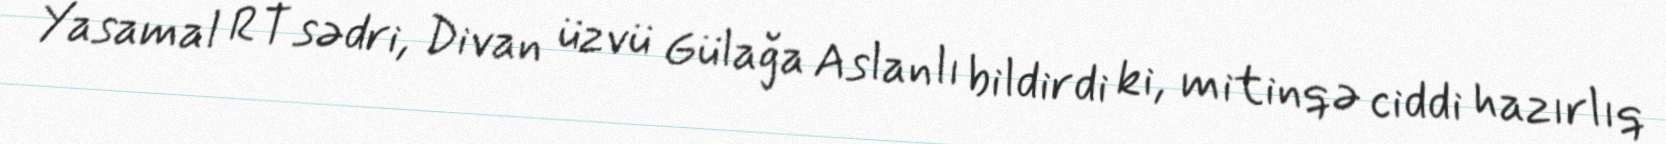
Yasamal RT sədri, Divan üzvü Gülağa Aslanlı bildirdi ki, mitinqə ciddi hazırlıq